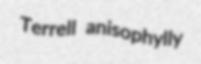
Terrell anisophylly